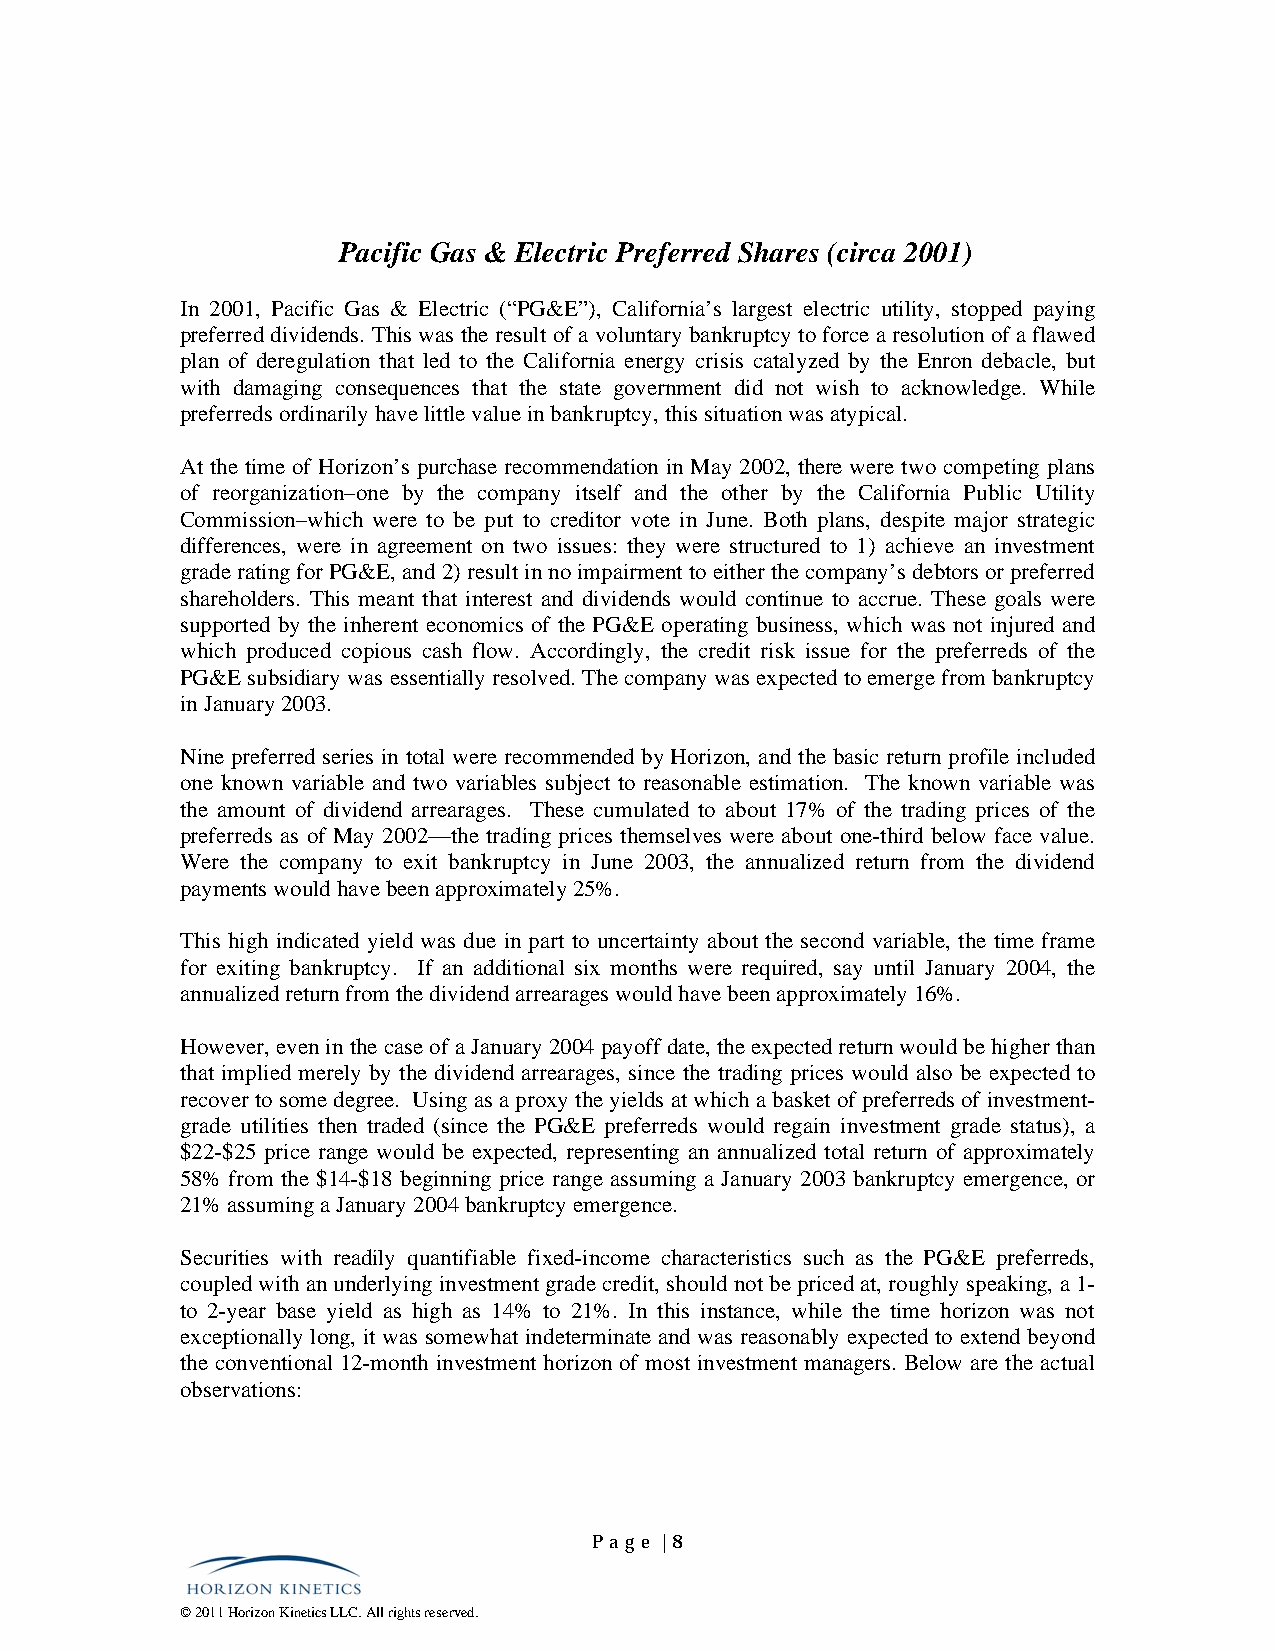
Pacific Gas & Electric Preferred Shares (circa 2001)
 In 2001, Pacific Gas & Electric (“PG&E”), California’s largest electric utility, stopped paying
 preferred dividends. This was the result of a voluntary bankruptcy to force a resolution of a flawed
 plan of deregulation that led to the California energy crisis catalyzed by the Enron debacle, but
 with damaging consequences that the state government did not wish to acknowledge. While
 preferreds ordinarily have little value in bankruptcy, this situation was atypical.
 At the time of Horizon’s purchase recommendation in May 2002, there were two competing plans
 of reorganization–one by the company itself and the other by the California Public Utility
 Commission–which were to be put to creditor vote in June. Both plans, despite major strategic
 differences, were in agreement on two issues: they were structured to 1) achieve an investment
 grade rating for PG&E, and 2) result in no impairment to either the company’s debtors or preferred
 shareholders. This meant that interest and dividends would continue to accrue. These goals were
 supported by the inherent economics of the PG&E operating business, which was not injured and
 which produced copious cash flow. Accordingly, the credit risk issue for the preferreds of the
 PG&E subsidiary was essentially resolved. The company was expected to emerge from bankruptcy
 in January 2003.
 Nine preferred series in total were recommended by Horizon, and the basic return profile included
 one known variable and two variables subject to reasonable estimation. The known variable was
 the amount of dividend arrearages. These cumulated to about 17% of the trading prices of the
 preferreds as of May 2002—the trading prices themselves were about one-third below face value.
 Were the company to exit bankruptcy in June 2003, the annualized return from the dividend
 payments would have been approximately 25%.
 This high indicated yield was due in part to uncertainty about the second variable, the time frame
 for exiting bankruptcy. If an additional six months were required, say until January 2004, the
 annualized return from the dividend arrearages would have been approximately 16%.
 However, even in the case of a January 2004 payoff date, the expected return would be higher than
 that implied merely by the dividend arrearages, since the trading prices would also be expected to
 recover to some degree. Using as a proxy the yields at which a basket of preferreds of investment-
 grade utilities then traded (since the PG&E preferreds would regain investment grade status), a
 $22-$25 price range would be expected, representing an annualized total return of approximately
 58% from the $14-$18 beginning price range assuming a January 2003 bankruptcy emergence, or
 21% assuming a January 2004 bankruptcy emergence.
 Securities with readily quantifiable fixed-income characteristics such as the PG&E preferreds,
 coupled with an underlying investment grade credit, should not be priced at, roughly speaking, a 1-
 to 2-year base yield as high as 14% to 21%. In this instance, while the time horizon was not
 exceptionally long, it was somewhat indeterminate and was reasonably expected to extend beyond
 the conventional 12-month investment horizon of most investment managers. Below are the actual
 observations:
 Pa ge | 8
 © 2011 Horizon Kinetics LLC. All rights reserved.